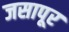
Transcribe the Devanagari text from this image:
जसापूर